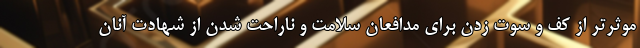
موثرتر از کف و سوت زدن برای مدافعان سلامت و ناراحت شدن از شهادت آنان